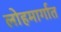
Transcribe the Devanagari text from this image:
लोहमार्गात